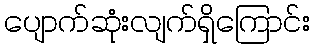
ပျောက်ဆုံးလျက်ရှိကြောင်း